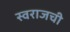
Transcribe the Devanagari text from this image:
स्वराजची